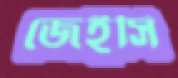
জেইসি